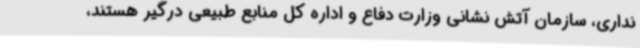
نداری، سازمان آتش نشانی وزارت دفاع و اداره کل منابع طبیعی درگیر هستند،